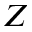
Z